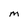
Character: M